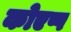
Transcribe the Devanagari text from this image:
कोएप्प